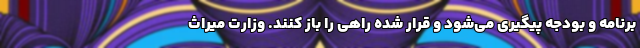
برنامه و بودجه پیگیری می‌شود و قرار شده راهی را باز کنند. وزارت میراث